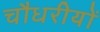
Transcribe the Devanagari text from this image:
चौधरीयों